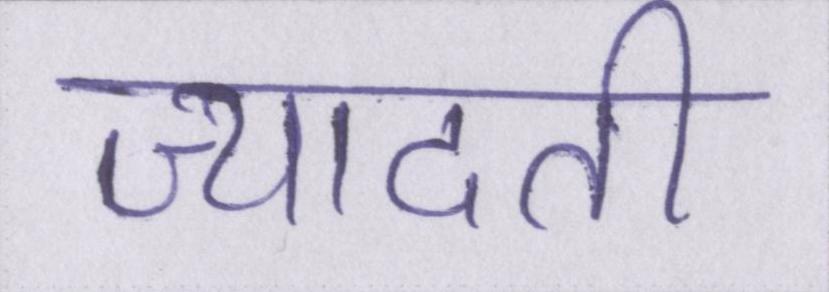
ज्यादती